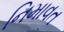
નિમાવત